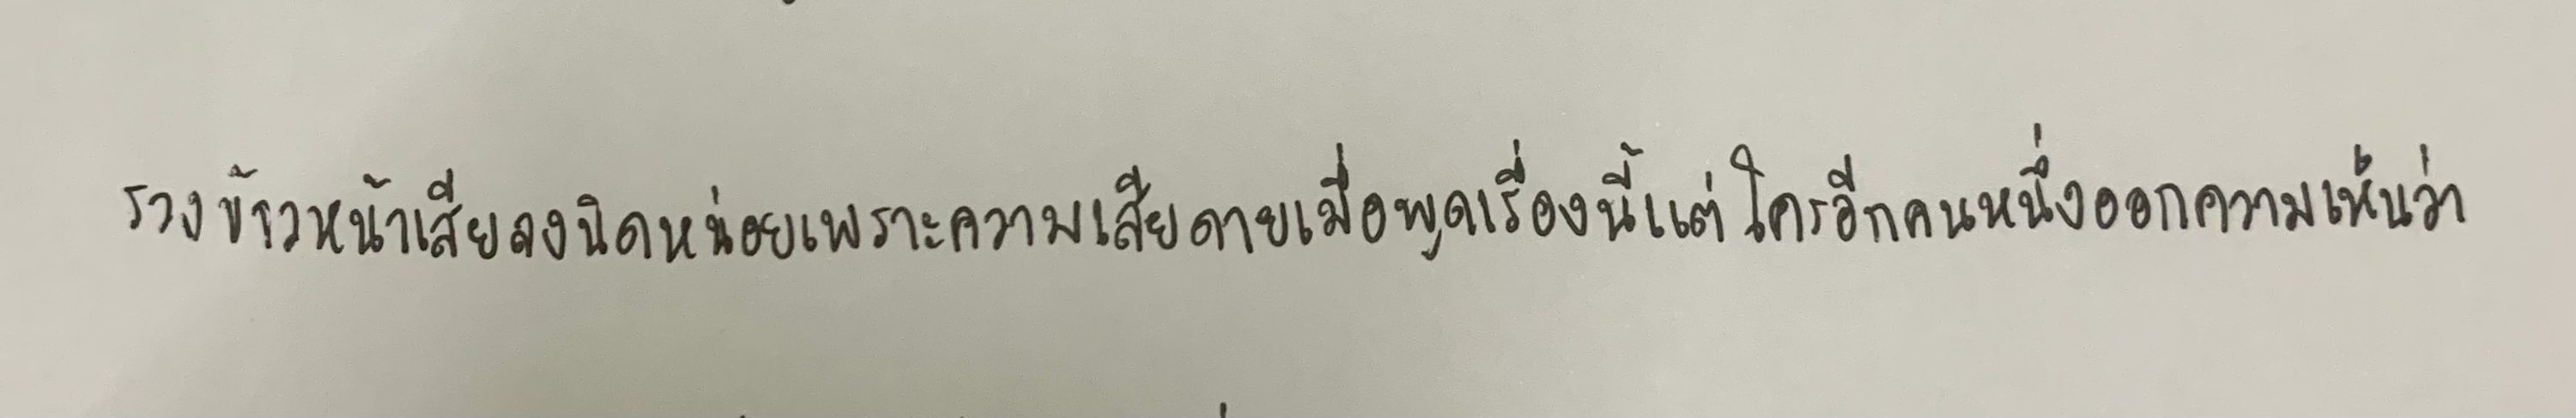
รวงข้าวหน้าเสียลงนิดหน่อยเพราะความเสียดายเมื่อพูดเรื่องนี้แต่ใครอีกคนหนึ่งออกความเห็นว่า